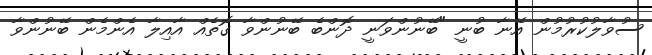
ސުވާލުކުރުމުން އޭނާ ބުނީ "ބޭނުންވަނީ ދޮންބެ ބޭނުންވާ ގޮތެއް އާއިލާ އެންމެން ބޭނުންވާ